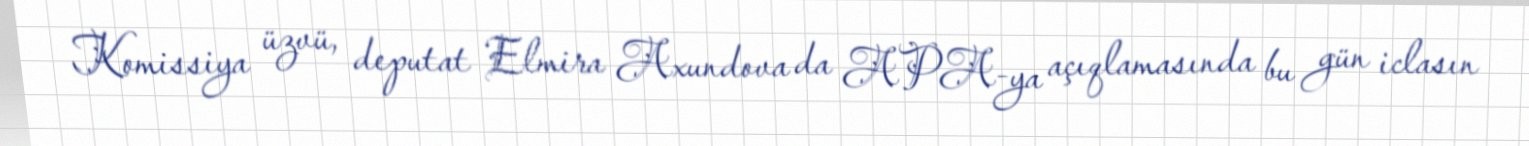
Komissiya üzvü, deputat Elmira Axundova da APA-ya açıqlamasında bu gün iclasın